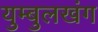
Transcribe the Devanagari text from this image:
युम्बुलखंग